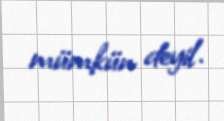
mümkün deyil.